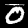
Label: 0